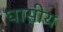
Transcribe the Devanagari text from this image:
घासीय